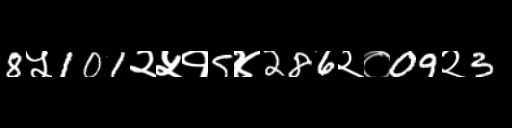
Text: 8५101२५१5४286२०09२3